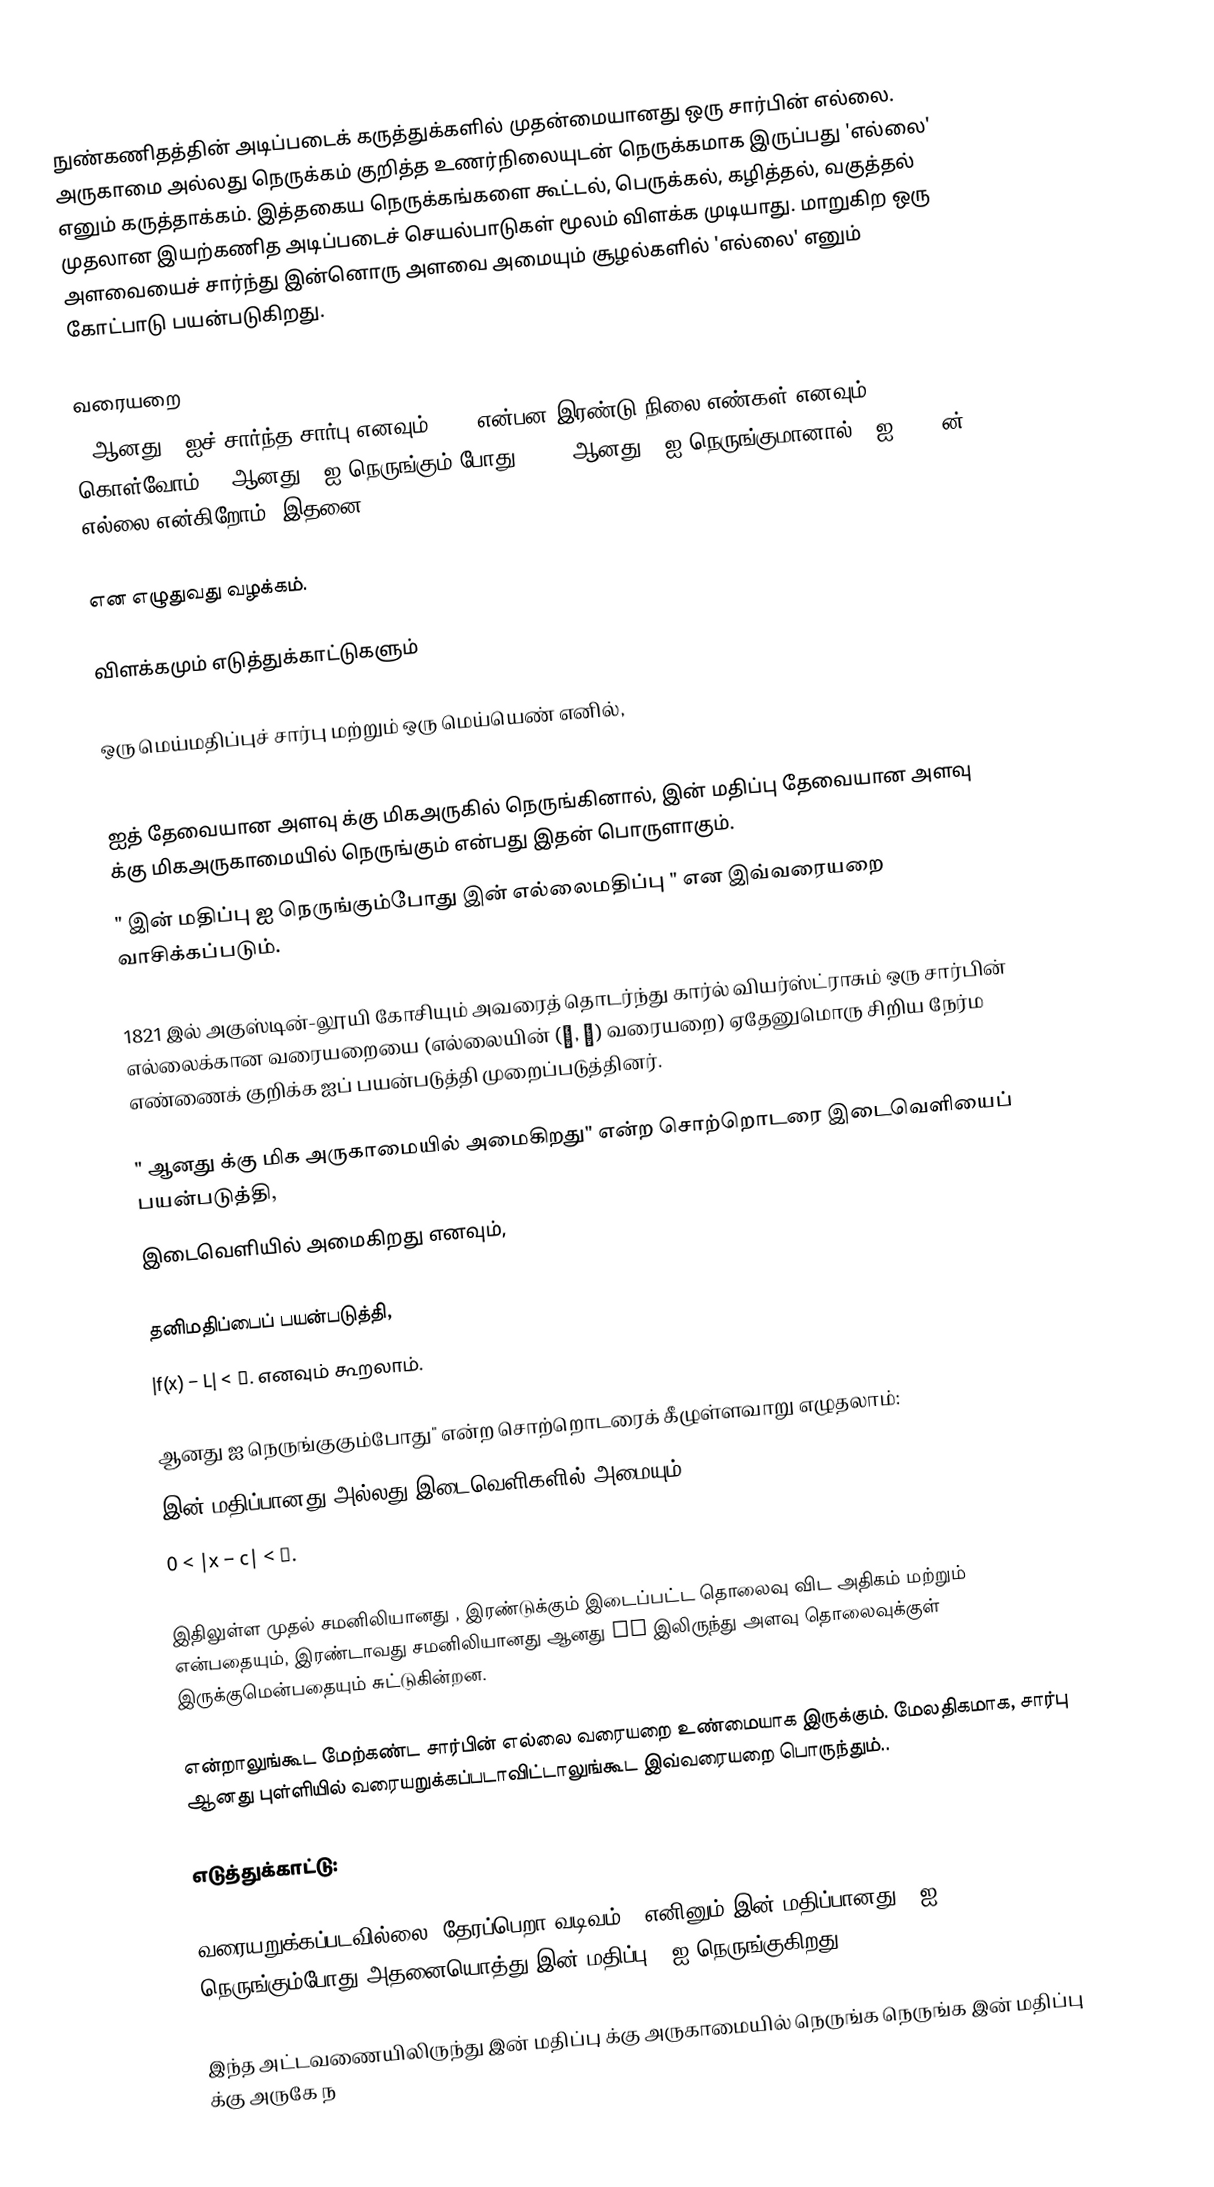
நுண்கணிதத்தின் அடிப்படைக் கருத்துக்களில் முதன்மையானது ஒரு சார்பின் எல்லை. அருகாமை அல்லது நெருக்கம் குறித்த உணர்நிலையுடன் நெருக்கமாக இருப்பது 'எல்லை' எனும் கருத்தாக்கம். இத்தகைய நெருக்கங்களை கூட்டல், பெருக்கல், கழித்தல், வகுத்தல் முதலான இயற்கணித அடிப்படைச் செயல்பாடுகள் மூலம் விளக்க முடியாது. மாறுகிற ஒரு அளவையைச் சார்ந்து இன்னொரு அளவை அமையும் சூழல்களில் 'எல்லை' எனும் கோட்பாடு பயன்படுகிறது.

வரையறை
f ஆனது x-ஐச் சார்ந்த சார்பு எனவும் c, L என்பன இரண்டு நிலை எண்கள் எனவும் கொள்வோம். x-ஆனது c-ஐ நெருங்கும் போது, f(x) ஆனது L-ஐ நெருங்குமானால் L-ஐ f(x)-ன் எல்லை என்கிறோம். இதனை,

என எழுதுவது வழக்கம்.

விளக்கமும் எடுத்துக்காட்டுகளும்

 ஒரு மெய்மதிப்புச் சார்பு மற்றும்  ஒரு மெய்யெண் எனில்,

 ஐத் தேவையான அளவு  க்கு மிகஅருகில் நெருங்கினால்,  இன் மதிப்பு தேவையான அளவு  க்கு மிகஅருகாமையில் நெருங்கும் என்பது இதன் பொருளாகும்.
" இன் மதிப்பு  ஐ நெருங்கும்போது  இன் எல்லைமதிப்பு " என இவ்வரையறை வாசிக்கப்படும்.

1821 இல் அகுஸ்டின்-லூயி கோசியும் அவரைத் தொடர்ந்து கார்ல் வியர்ஸ்ட்ராசும் ஒரு சார்பின் எல்லைக்கான வரையறையை (எல்லையின் (ε, δ) வரையறை) ஏதேனுமொரு சிறிய நேர்ம எண்ணைக் குறிக்க  ஐப் பயன்படுத்தி முறைப்படுத்தினர்.

" ஆனது  க்கு மிக அருகாமையில் அமைகிறது" என்ற சொற்றொடரை இடைவெளியைப் பயன்படுத்தி,
 இடைவெளியில்  அமைகிறது எனவும்,

தனிமதிப்பைப் பயன்படுத்தி,
|f(x) − L| < ε. எனவும் கூறலாம்.

 ஆனது  ஐ நெருங்குகும்போது" என்ற சொற்றொடரைக் கீழுள்ளவாறு எழுதலாம்:
 இன் மதிப்பானது  அல்லது  இடைவெளிகளில் அமையும்.
0 < |x − c| < δ.

இதிலுள்ள முதல் சமனிலியானது ,  இரண்டுக்கும் இடைப்பட்ட தொலைவு  விட அதிகம் மற்றும்  என்பதையும், இரண்டாவது சமனிலியானது  ஆனது  of  இலிருந்து  அளவு தொலைவுக்குள் இருக்குமென்பதையும் சுட்டுகின்றன.

 என்றாலுங்கூட மேற்கண்ட சார்பின் எல்லை வரையறை உண்மையாக இருக்கும். மேலதிகமாக, சார்பு  ஆனது  புள்ளியில் வரையறுக்கப்படாவிட்டாலுங்கூட இவ்வரையறை பொருந்தும்..

எடுத்துக்காட்டு:

 வரையறுக்கப்படவில்லை (தேரப்பெறா வடிவம்). எனினும்  இன் மதிப்பானது 1 ஐ நெருங்கும்போது  அதனையொத்து  இன் மதிப்பு 2 ஐ நெருங்குகிறது:

இந்த அட்டவணையிலிருந்து  இன் மதிப்பு  க்கு அருகாமையில் நெருங்க நெருங்க  இன் மதிப்பு  க்கு அருகே ந